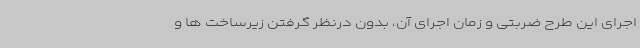
اجرای این طرح ضربتی و زمان اجرای آن، بدون درنظر گرفتن زیرساخت ها و